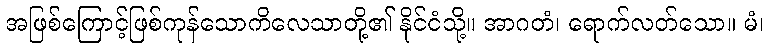
အဖြစ်ကြောင့်ဖြစ်ကုန်သောကိလေသာတို့၏ နိုင်ငံသို့။ အာဂတံ၊ ရောက်လတ်သော။ မံ၊